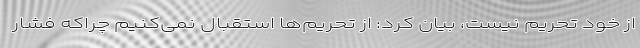
از خود تحریم نیست، بیان کرد: از تحریم‌ها استقبال نمی‌کنیم چراکه فشار